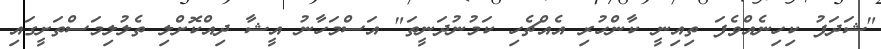
"ޝަދަފު ކިހިނެއްވެފަ ތިއިނީ ކާންހުރި އެއްޗެހި ކަމުނުދަނީތަ" އަސްމަހާނު އީޝާ ދިއްކޮށްލި ތެލުލިމަސްތަށީގައި